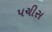
પચીસ